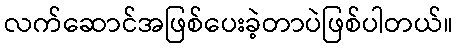
လက်ဆောင်အဖြစ်ပေးခဲ့တာပဲဖြစ်ပါတယ်။